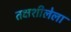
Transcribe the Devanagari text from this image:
तक्षशीलेला